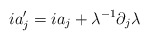
\begin{align*}ia'_{j}=ia_{j}+\lambda^{-1}\partial_{j}\lambda\end{align*}